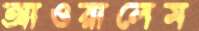
আওরালেম